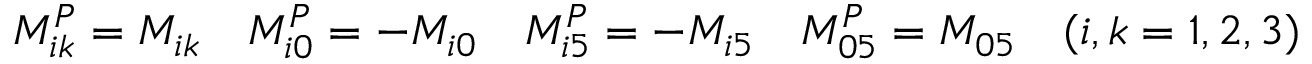
M _ { i k } ^ { P } = M _ { i k } \quad M _ { i 0 } ^ { P } = - M _ { i 0 } \quad M _ { i 5 } ^ { P } = - M _ { i 5 } \quad M _ { 0 5 } ^ { P } = M _ { 0 5 } \quad ( i , k = 1 , 2 , 3 )